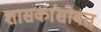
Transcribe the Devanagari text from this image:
शासकांसोबत